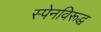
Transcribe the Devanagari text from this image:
स्पेनविरूद्ध